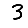
Digit: 3